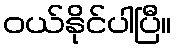
ဝယ်နိုင်ပါပြီ။